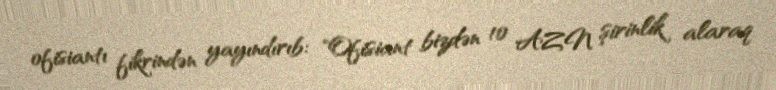
ofisiantı fikrindən yayındırıb: "Ofisiant bizdən 10 AZN şirinlik alaraq